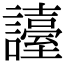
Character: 𧭏